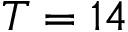
T = 1 4